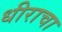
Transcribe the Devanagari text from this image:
धीराचा